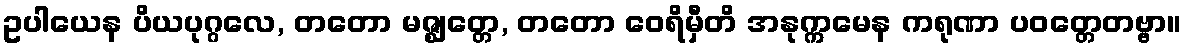
ဥပါယေန ပိယပုဂ္ဂလေ, တတော မဇ္ဈတ္တေ, တတော ဝေရိမှီတိ အနုက္ကမေန ကရုဏာ ပဝတ္တေတဗ္ဗာ။